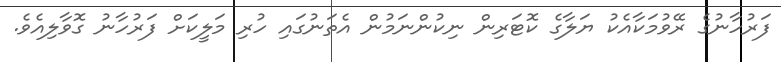
ފަރުހާނުގެ ރޭވުމަކާއެކު ޔަލާގެ ކޮޓަރިން ނިކުންނަމުން އެތަނުގައި ހުރި މަލީކަށް ފަރުހާނު ގޮވާލިއެވެ.